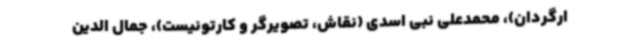
ارگردان)، محمدعلی نبی اسدی (نقاش، تصویرگر و کارتونیست)، جمال الدین